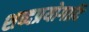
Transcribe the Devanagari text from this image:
शब्दप्रयोगादि